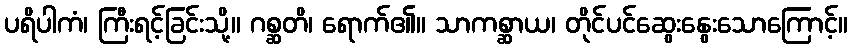
ပရိပါကံ၊ ကြီးရင့်ခြင်းသို့။ ဂစ္ဆတိ၊ ရောက်၏။ သာကစ္ဆာယ၊ တိုင်ပင်ဆွေးနွေးသောကြောင့်။